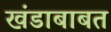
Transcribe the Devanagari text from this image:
खंडाबाबत